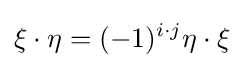
\xi \cdot \eta =(-1)^{i\cdot j}\eta \cdot \xi